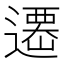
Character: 𨗆